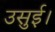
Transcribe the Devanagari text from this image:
उसुई।